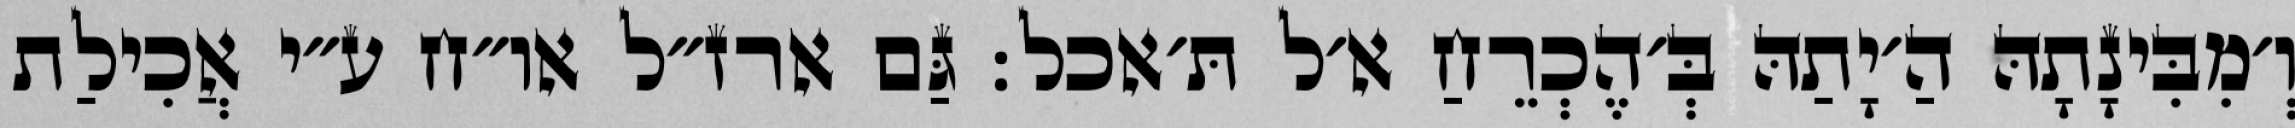
וְ׳מִבִּינָתָהּ הַ׳יָתַהּ בְּ׳הֶכְרֵחַ א׳ל תּ׳אכל: גַּם ארז״ל או״ח ע״י אֲכִילַת